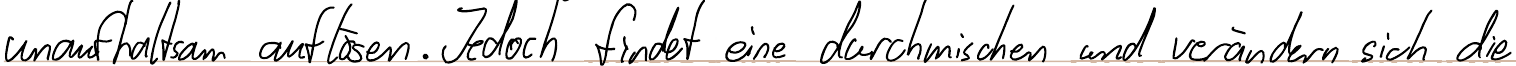
unaufhaltsam auflösen. Jedoch findet eine durchmischen und verändern sich die